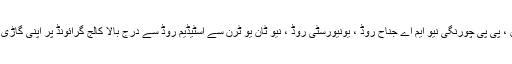
اسی طرح شارع فیصل ، شارع قائدین ، پی پی چورنگی نیو ایم اے جناح روڈ ، یونیورسٹی روڈ ، نیو ٹان یو ٹرن سے اسٹیڈیم روڈ سے درج بالا کالج گرائونڈ پر اپنی گاڑی / موٹر سائیکل پارک کر سکیں گے ۔